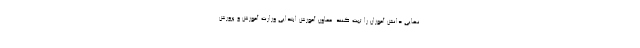
نهایی دانش آموزان را ثبت کنند. معاون آموزش ابتدایی وزارت آموزش و پرورش